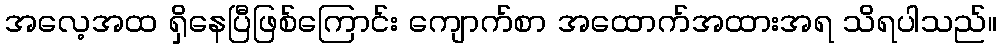
အလေ့အထ ရှိနေပြီဖြစ်ကြောင်း ကျောက်စာ အထောက်အထားအရ သိရပါသည်။